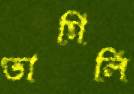
ভাগিলি